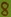
Text: 8